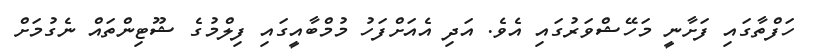
ހަފްތާގައި ފަށާނީ މަހޭޝްވަރުގައި އެވެ. އަދި އެއަށްފަހު މުމްބާއީގައި ފިލްމުގެ ޝޫޓިންތައް ނެގުމަށް